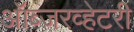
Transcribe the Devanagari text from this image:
ऑब्जरव्हेटरी